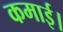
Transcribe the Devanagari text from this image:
कमाई।